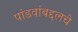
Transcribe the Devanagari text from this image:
पांडवांबद्दलचे